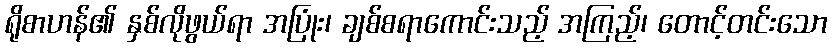
ရိုစာဟန်၏ နှစ်လိုဖွယ်ရာ အပြုံး၊ ချစ်စရာကောင်းသည့် အကြည့်၊ တောင့်တင်းသော